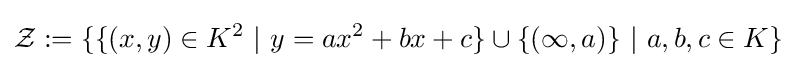
{\mathcal {Z}}:=\{\{(x,y)\in K^{2}\ |\ y=ax^{2}+bx+c\}\cup \{(\infty ,a)\}\ |\ a,b,c\in K\}